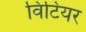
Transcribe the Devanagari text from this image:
विटियर